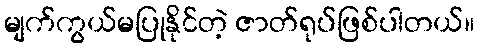
မျက်ကွယ်မပြုနိုင်တဲ့ ဇာတ်ရုပ်ဖြစ်ပါတယ်။